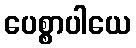
ပေစ္စာပါယေ